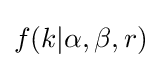
f(k|\alpha ,\beta ,r)